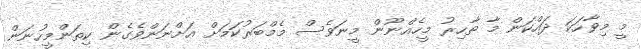
މީ މިވާހަކަ ދައްކަން މާ ތާހިރު މީހެއްނޫން މީނަވެސް މެމްބަރުކަމަށް އަށްނަންވެގެން ކިތަންމީހުނަން